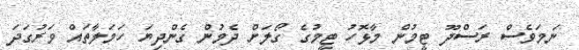
ނަމަވެސް ރަސްދޫ ޓީމުން މާޅޮހު ޓީމުގެ ގޯލަށް ދެމުން ގެންދިޔަ ހަމަލާތައް ވަރުގަދަ